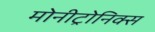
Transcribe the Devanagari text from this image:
मोनीट्रोनिक्स